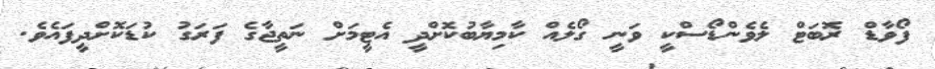
ފޯވާޑް ރޮބަޓް ލެވެންޑޯސްކީ ވަނީ ގޯލެއް ކާމިޔާބުކޮށްދީ އެޓީމަށް ނަތީޖާގެ ފަރަގު ކުޑަކޮށްދީފައެވެ.